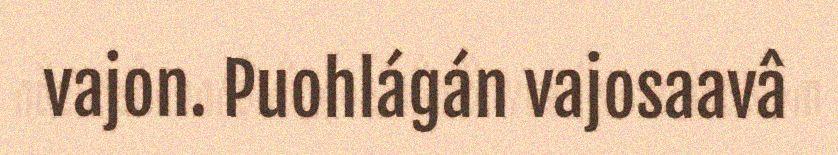
vajon. Puohlágán vajosaavâ